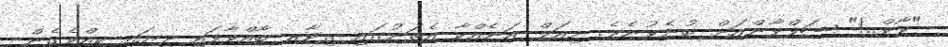
"ވާވް..!" ޝަފްވާންއަށް ބުނެވުނެވެ. މިއަލް އަނެއްކާ އެތަނުގައި ގިޓާރ ބާއްވާފައި ދިޔައީ ކީއްވެގެން